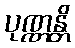
ပုဏ္ဏန္တိ